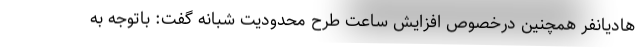
هادیانفر همچنین درخصوص افزایش ساعت طرح محدودیت شبانه گفت: باتوجه به